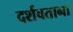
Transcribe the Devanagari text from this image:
दर्शवताना